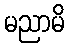
မညာမိ